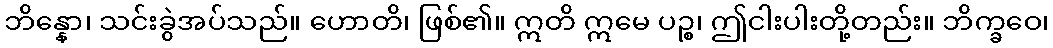
ဘိန္နော၊ သင်းခွဲအပ်သည်။ ဟောတိ၊ ဖြစ်၏။ ဣတိ ဣမေ ပဉ္စ၊ ဤငါးပါးတို့တည်း။ ဘိက္ခဝေ၊